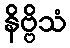
နိဗ္ဗိသံ